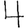
Digit: 4